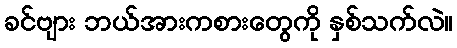
ခင်ဗျား ဘယ်အားကစားတွေကို နှစ်သက်လဲ။